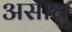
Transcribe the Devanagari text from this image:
असाधु